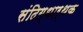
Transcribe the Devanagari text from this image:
संदिग्धार्थक